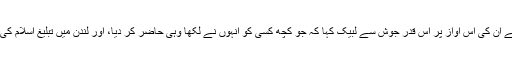
احمدی جماعت نے ان کی اس آواز پر اس قدر جوش سے لبیک کہا کہ جو کچھ کسی کو انہوں نے لکھا وہی حاضر کر دیا، اور لندن میں تبلیغ اسلام کی بنیاد رکھی گئی۔